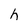
Character: h